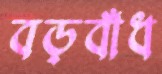
বড়বাঁধ